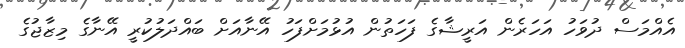
އެއްމަސް ދުވަހު އަހަރެން އަރީޝާގެ ފަހަތުން އުޅުމަށްފަހު އޭނާއަށް ބައްދަލުކުރީ އޭނާގެ މިޒާޖުގެ